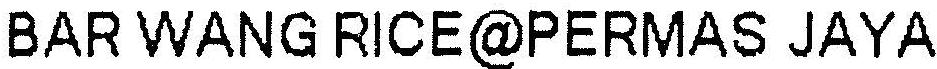
BAR WANG RICE@PERMAS JAYA